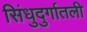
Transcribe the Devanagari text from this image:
सिंधुदुर्गातली